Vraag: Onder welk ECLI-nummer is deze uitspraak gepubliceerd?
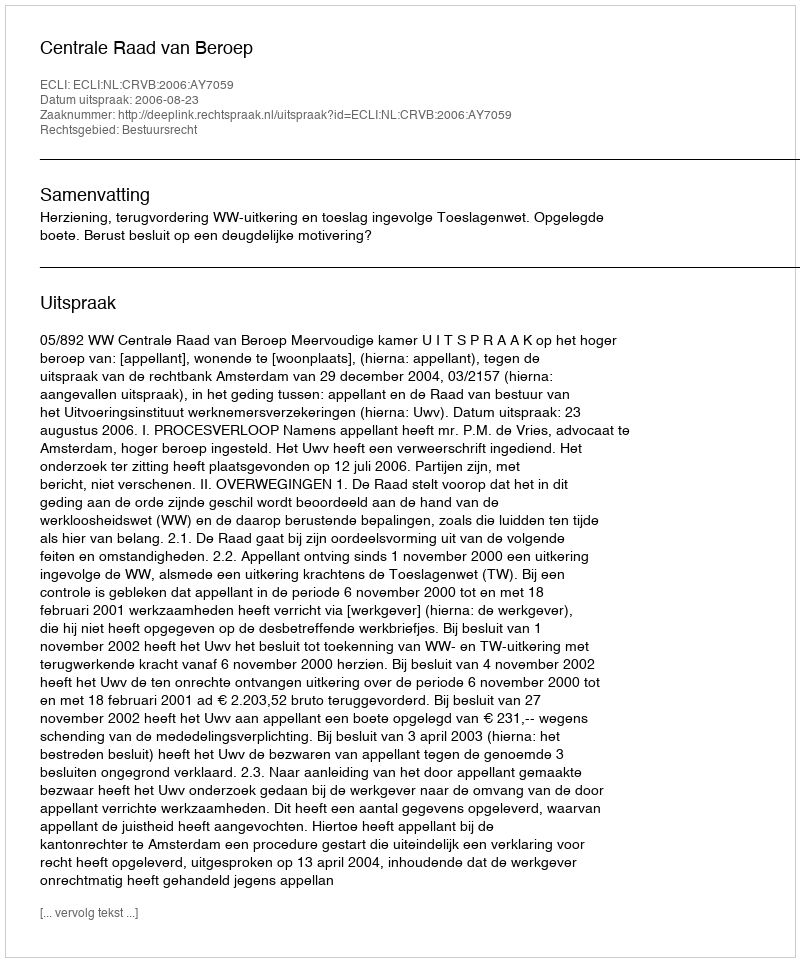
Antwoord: ECLI:NL:CRVB:2006:AY7059